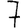
Digit: 7